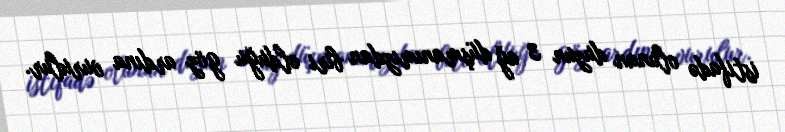
istifadə olunan duzun 3 ağ düşmanımızdan biri olduğu göz ardına vurulur.